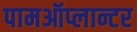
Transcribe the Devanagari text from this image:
पामऑप्लान्टर